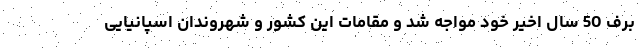
برف 50 سال اخیر خود مواجه شد و مقامات این کشور و شهروندان اسپانیایی